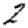
Digit: 2